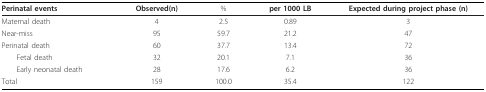
<table><thead><tr><td><b>Perinatal events</b></td><td><b>Observed(n)</b></td><td><b>%</b></td><td><b>per 1000 LB</b></td><td><b>Expected during project phase (n)</b></td></tr></thead><tbody><tr><td>Maternal death</td><td>4</td><td>2.5</td><td>0.89</td><td>3</td></tr><tr><td>Near-miss</td><td>95</td><td>59.7</td><td>21.2</td><td>47</td></tr><tr><td>Perinatal death</td><td>60</td><td>37.7</td><td>13.4</td><td>72</td></tr><tr><td> Fetal death</td><td>32</td><td>20.1</td><td>7.1</td><td>36</td></tr><tr><td> Early neonatal death</td><td>28</td><td>17.6</td><td>6.2</td><td>36</td></tr><tr><td>Total</td><td>159</td><td>100.0</td><td>35.4</td><td>122</td></tr></tbody></table>